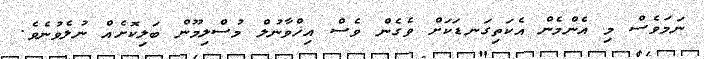
ނަމަވެސް މި އެންމެން އެކަތިގަނޑަކަށް ވެގެން ވެސް އިޚްވާނުލް މުސްލިމޫން ބަލިކޮށެއް ނުލެވުނެވެ.